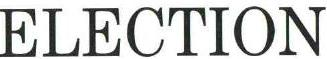
ELECTION